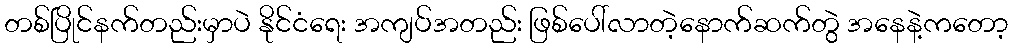
တစ်ပြိုင်နက်တည်းမှာပဲ နိုင်ငံရေး အကျပ်အတည်း ဖြစ်ပေါ်လာတဲ့နောက်ဆက်တွဲ အနေနဲ့ကတော့